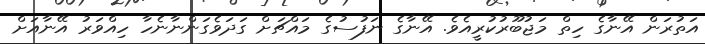
އަތުރަން އޭނާގެ ހިތް މަޖުބޫރުކުރީއެވެ. އޭނާގެ ނަފުސުގެ މައްޗަށް ގަދަވެގަންނާނެހާ ހިއްވަރު އޭނާއަށް